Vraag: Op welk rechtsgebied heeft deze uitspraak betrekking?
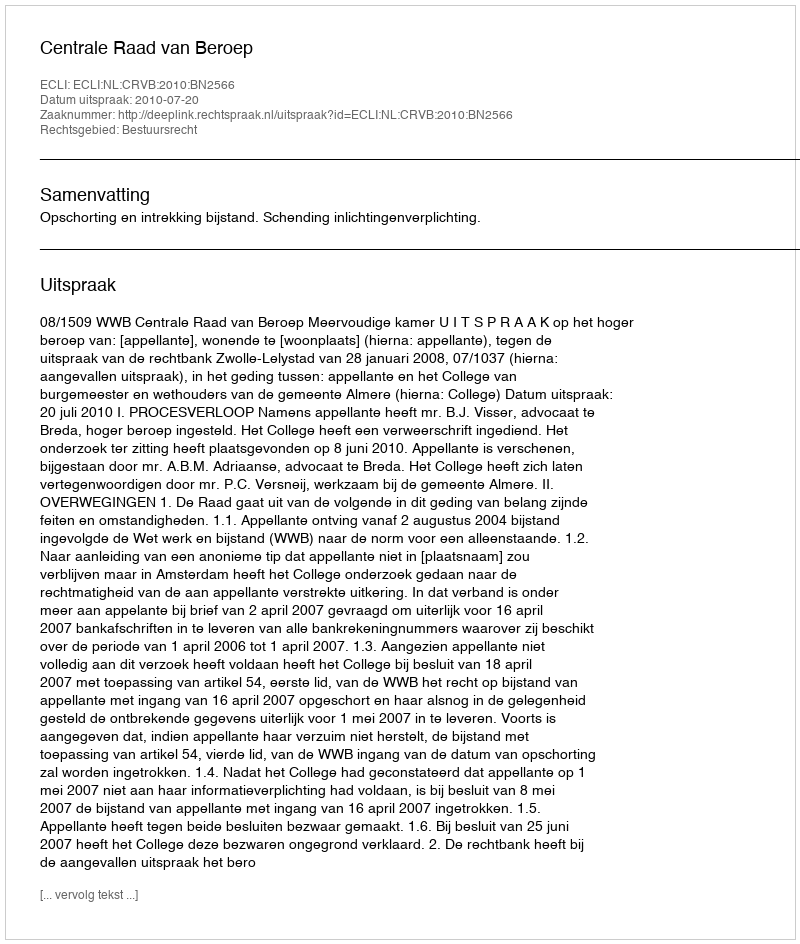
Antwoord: Bestuursrecht